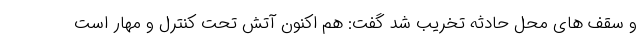
و سقف های محل حادثه تخریب شد گفت: هم اکنون آتش تحت کنترل و مهار است